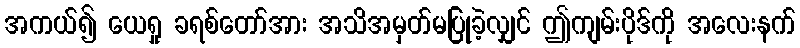
အကယ်၍ ယေရှု ခရစ်တော်အား အသိအမှတ်မပြုခဲ့လျှင် ဤကျမ်းပိုဒ်ကို အလေးနက်